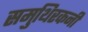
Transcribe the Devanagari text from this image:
समुथिरकनी